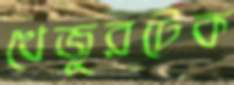
খেজুরটেক